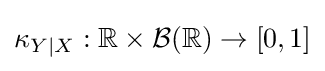
\kappa _{Y\mid X}:\mathbb {R} \times {\mathcal {B}}(\mathbb {R} )\to [0,1]